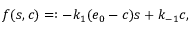
f ( s , c ) = : - k _ { 1 } ( e _ { 0 } - c ) s + k _ { - 1 } c ,